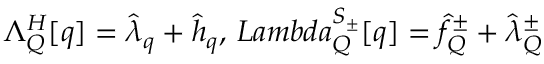
\Lambda _ { \cal Q } ^ { H } [ q ] = { \hat { \lambda } } _ { q } + { \hat { h } } _ { q } , \, L a m b d a _ { \cal Q } ^ { S _ { \pm } } [ q ] = { \hat { f } } _ { Q } ^ { \pm } + { \hat { \lambda } } _ { Q } ^ { \pm }